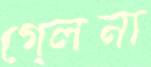
গে্লনা